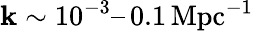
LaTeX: \mathbf{k}\sim10^{-3}–\, 0.1\, \mathrm{{Mpc^{-1}}}